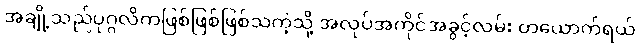
အချို့သည်ပုဂ္ဂလိကဖြစ်ဖြစ်ဖြစ်သကဲ့သို့ အလုပ်အကိုင်အခွင့်လမ်း တယောက်ရယ်